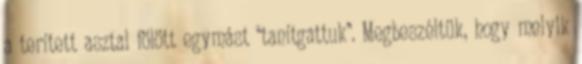
a terített asztal fölött egymást “tanítgattuk”. Megbeszéltük, hogy melyik